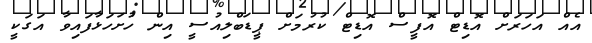
އެއް އަހަރަށް އޮޑިޓް އޮފީސް އޮޑިޓް ކުރުމަށް ޕީޑަބްލިއުސީ އިން ހުށަހަޅާފައިވާ އަގަކީ